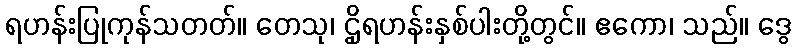
ရဟန်းပြုကုန်သတတ်။ တေသု၊ ဌိုရဟန်းနှစ်ပါးတို့တွင်။ ဧကော၊ သည်။ ဒွေ